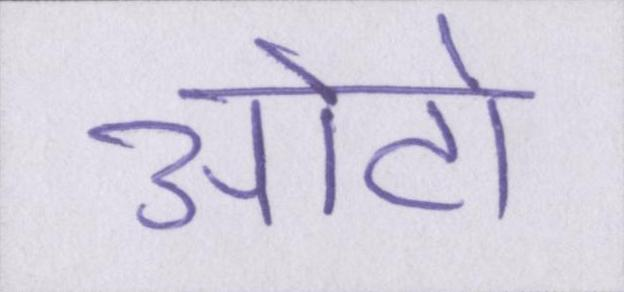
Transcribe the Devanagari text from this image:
ओटो